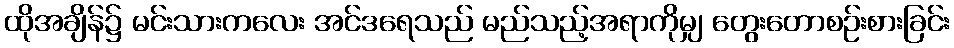
ထိုအချိန်၌ မင်းသားကလေး အင်ဒရေသည် မည်သည့်အရာကိုမျှ တွေးတောစဉ်းစားခြင်း